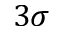
3 \sigma